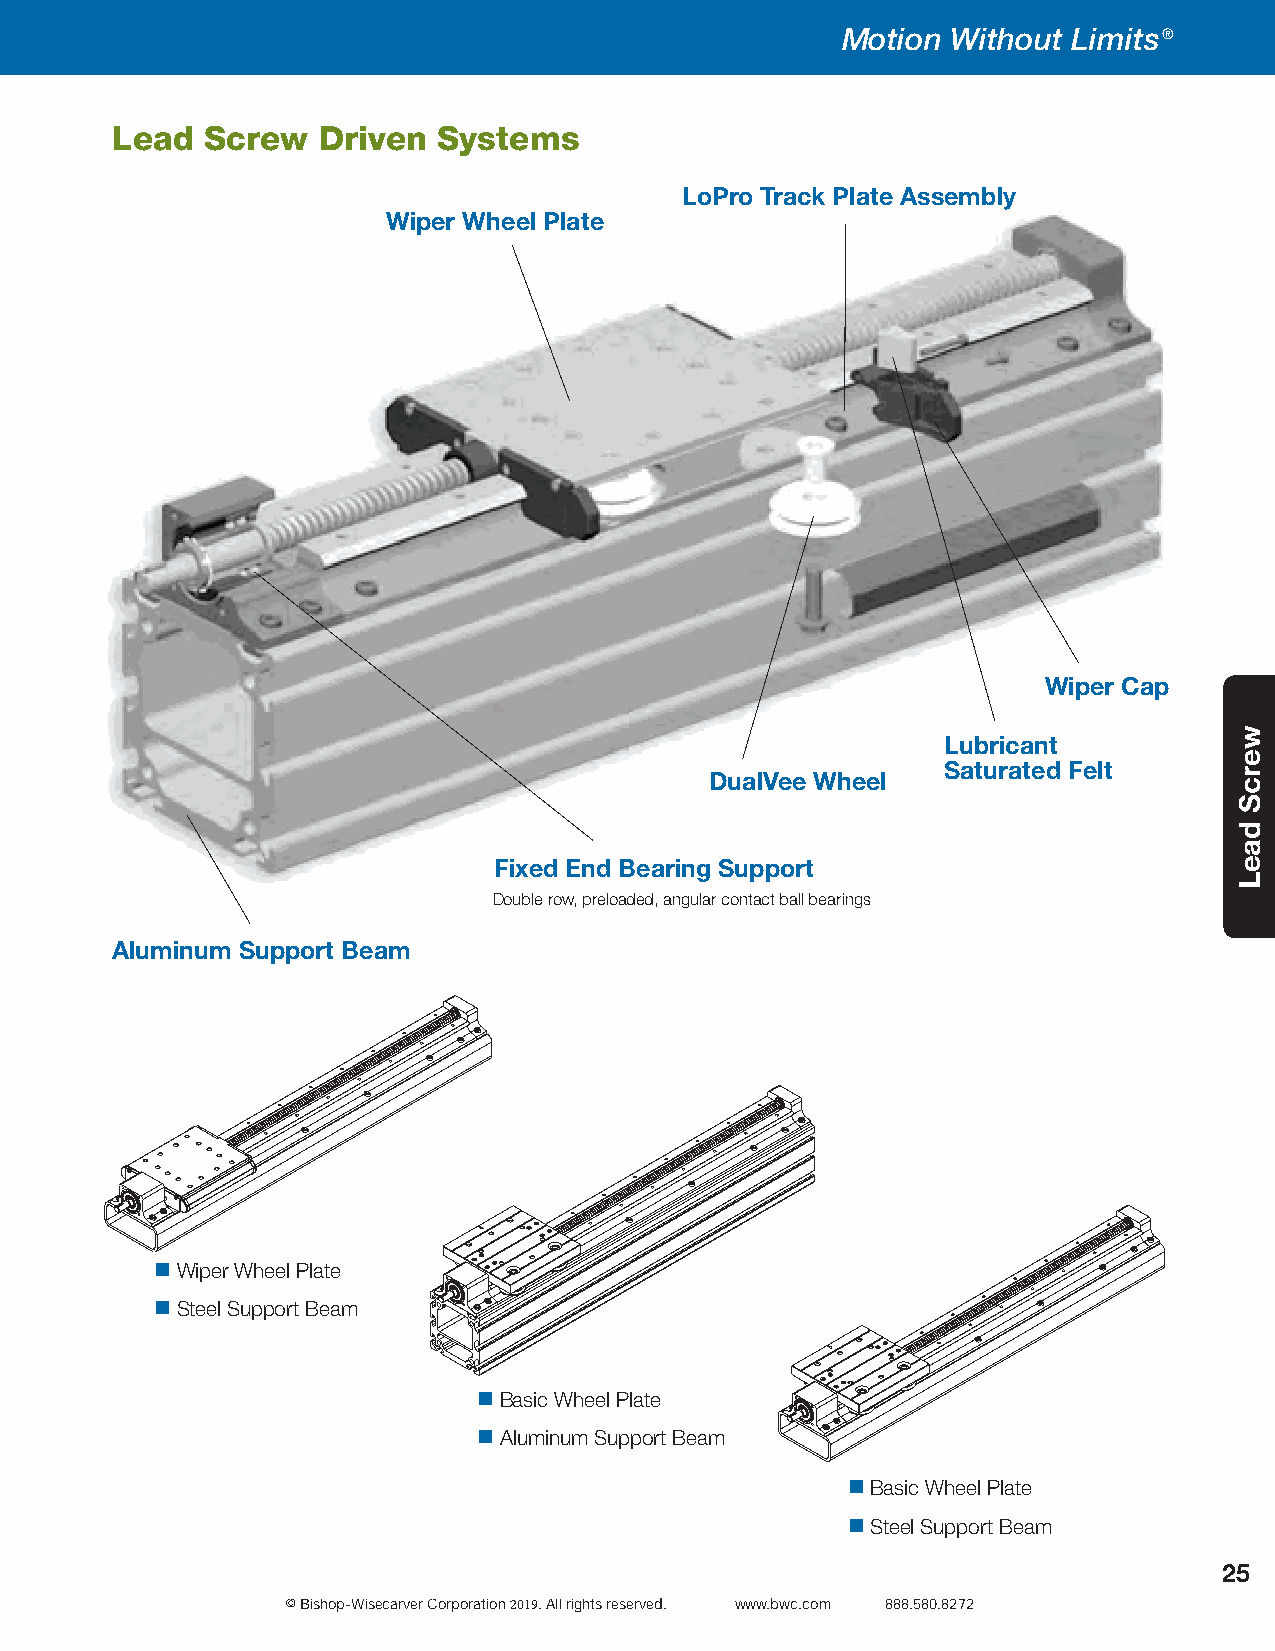
Motion Without Limits®
 Lead   Screw  Driven  Systems
 LoPro Track Plate Assembly
 Wiper Wheel Plate
 Wiper Cap
 Lubricant
 Saturated Felt
 DualVee Wheel
 Fixed End Bearing Support
 Double row, preloaded, angular contact ball bearings
 Aluminum Support Beam
  Wiper Wheel Plate
  Steel Support Beam
  Basic Wheel Plate
  Aluminum Support Beam
  Basic Wheel Plate
  Steel Support Beam
 25
 © Bishop-Wisecarver Corporation 2019. All rights reserved. www.bwc.com 888.580.8272
 wercS
 daeL